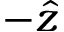
- \hat { z }